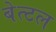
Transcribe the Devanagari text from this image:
बेत्टल